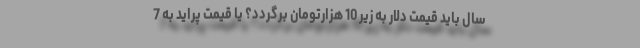
سال باید قیمت دلار به زیر 10 هزارتومان برگردد؟ یا قیمت پراید به 7